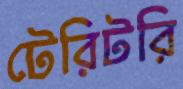
টেরিটরি